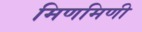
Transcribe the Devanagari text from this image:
मिणमिणी